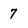
Character: 7